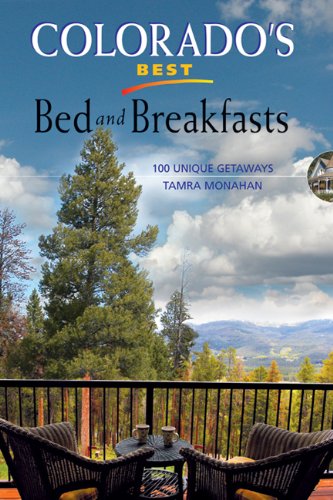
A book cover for Colorado's Best Bed and Breakfasts: 100 Unique Getaways; Tamra Monahan; Travel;